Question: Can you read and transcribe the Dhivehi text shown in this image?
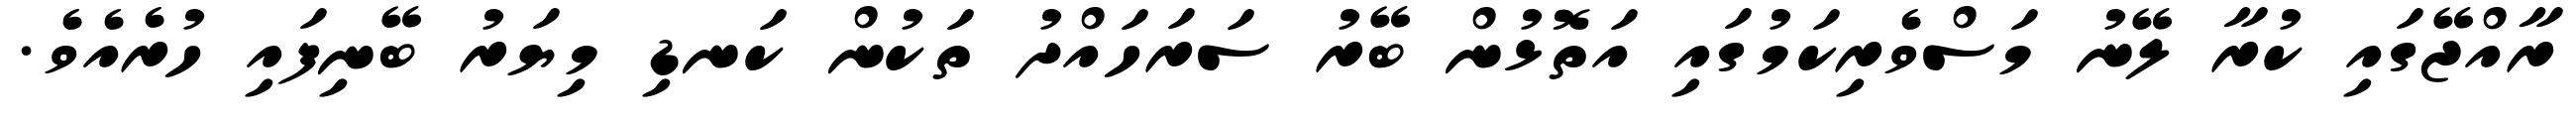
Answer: ރާއްޖޭގައި ކުރާ ލޭނު މަސްވެރިކަމުގައި އަތޮޅުން ބޭރު ސަރަހައްދު ތަކުން ކަނޑި މިޔަރު ބޭނިފައި ހުރެއެވެ.